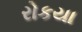
રોકયા